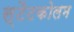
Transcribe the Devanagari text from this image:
स्टैटकोलम